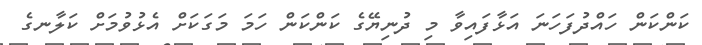
ކަންކަން ހައްދުފަހަނަ އަޅާފައިވާ މި ދުނިޔޭގެ ކަންކަން ހަމަ މަގަކަށް އެޅުވުމަށް ކަލާނގެ